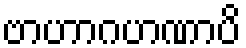
ဗာဟာဂဟဏာပိ